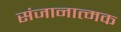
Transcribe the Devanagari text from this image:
संजानात्मक